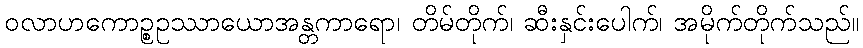
ဝလာဟကောဉ္စဥဿာယောအန္တကာရော၊ တိမ်တိုက်၊ ဆီးနှင်းပေါက်၊ အမိုက်တိုက်သည်။